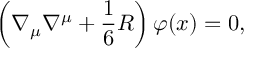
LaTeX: \left( \nabla _ { \mu } \nabla ^ { \mu } + \frac { 1 } { 6 } R \right) \varphi ( x ) = 0 ,